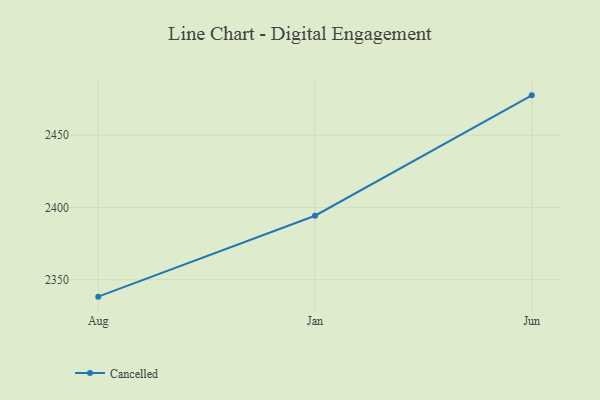
{"axis": {"x": "Month", "y": "Market Share (%)"}, "legend": ["Cancelled"], "data": [{"x": "Aug", "y": 2338.3, "type": "Cancelled"}, {"x": "Jan", "y": 2394.3, "type": "Cancelled"}, {"x": "Jun", "y": 2477.6, "type": "Cancelled"}]}